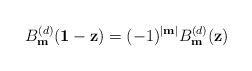
LaTeX: \begin{align*}B_{\mathbf{m}}^{(d)}(\mathbf{1}-\mathbf{z}) = (-1)^{|\mathbf{m}|}B_{\mathbf{m}}^{(d)}(\mathbf{z})\end{align*}